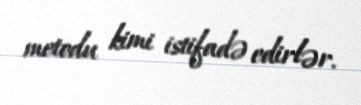
metodu kimi istifadə edirlər.